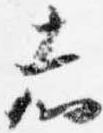
志